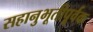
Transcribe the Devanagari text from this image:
सहानुभूतीपूर्वक